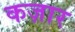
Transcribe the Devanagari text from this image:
कज़ार